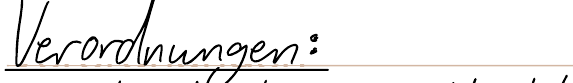
Verordnungen: